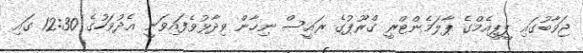
ޖަވާބުގައި ޕީޕީއެމްގެ ޕާލަމެންޓްރީ ގްރޫޕުގެ ރައީސް ނިހާން ވިދާާޅުވެފައިވަނީ އެދުވަހުގެ 12:30 ގައި